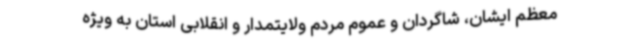
معظم ایشان، شاگردان و عموم مردم ولایتمدار و انقلابی استان به ویژه